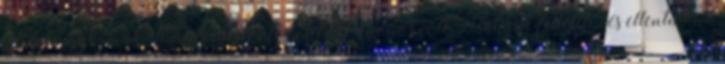
Kürt-Gyarmat Kurtugematoi törzsekkel azonos volt. Habár e feltételezés ellentmond